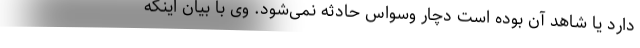
دارد یا شاهد آن بوده است دچار وسواس حادثه نمی‌شود. وی با بیان اینکه